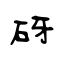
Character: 砑